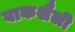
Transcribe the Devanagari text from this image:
वाकशैली